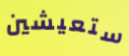
ستعيشين